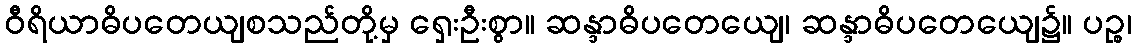
ဝီရိယာဓိပတေယျစသည်တို့မှ ရှေးဦးစွာ။ ဆန္ဒာဓိပတေယျေ၊ ဆန္ဒာဓိပတေယျေ၌။ ပဉ္စ၊